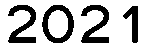
2021